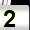
Digit: 2